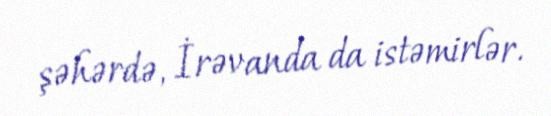
şəhərdə, İrəvanda da istəmirlər.